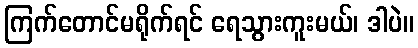
ကြက်တောင်မရိုက်ရင် ရေသွားကူးမယ်၊ ဒါပဲ။